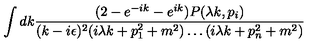
\int d k \frac { ( 2 - e ^ { - i k } - e ^ { i k } ) P ( \lambda k , p _ { i } ) } { ( k - i \epsilon ) ^ { 2 } ( i \lambda k + p _ { 1 } ^ { 2 } + m ^ { 2 } ) \ldots ( i \lambda k + p _ { n } ^ { 2 } + m ^ { 2 } ) }